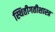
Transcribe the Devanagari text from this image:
स्थितीगतीशास्त्र